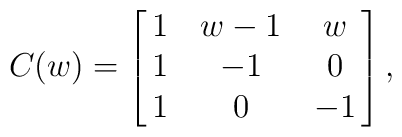
C(w)=\left[\matrix{1&w-1&w\cr 1&-1&0\cr 1&0&-1\cr}\right],